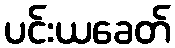
ပင်းယခေတ်